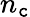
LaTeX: n_{\mathtt{c}}